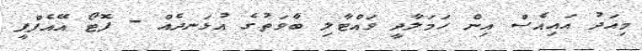
މިއަދު އައިއެސް އިން ހަމަލާދީ ވައްޓާލި ބާވަތުގެ އުޅަނދެއް - ފޮޓޯ އޭއެފްޕީ